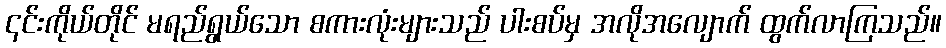
၎င်းကိုယ်တိုင် မရည်ရွယ်သော စကားလုံးများသည် ပါးစပ်မှ အလိုအလျောက် ထွက်လာကြသည်။